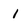
Character: l